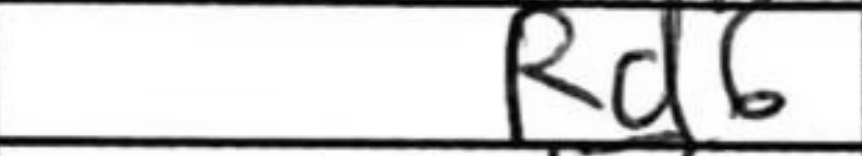
Transcription: Rd6